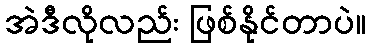
အဲဒီလိုလည်း ဖြစ်နိုင်တာပဲ။